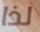
لذا